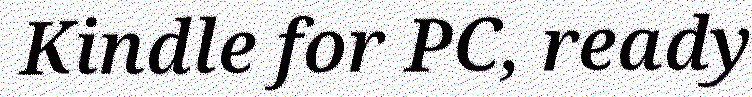
Kindle for PC, ready